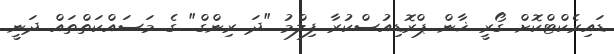
ޑައިރެކްޓްކޮށް ގޯރީ ޚާން ޕްރޮޑިއުސްކުރާ ފިލްމު "ދަ ރިންގް" ގެ މަސައްކަތްތައް ދަނީ